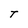
Character: T